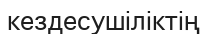
кездесушіліктің